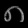
Digit: ၈